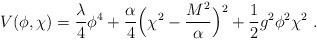
LaTeX: \begin{align*}V(\phi,\chi) = {\lambda\over 4} \phi^4+ {\alpha\over 4}\Bigl(\chi^2 - {M^2\over \alpha}\Bigr)^2 + {1\over2} g^2 \phi^2 \chi^2 \ .\end{align*}